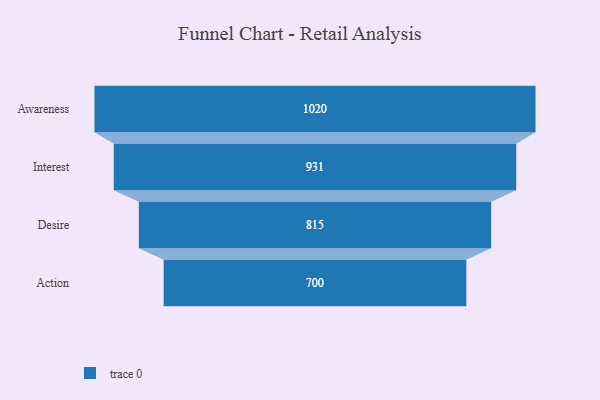
{"axis": {"x": "Stage", "y": "Value"}, "legend": [""], "data": [{"x": "Awareness", "y": 1020.0, "type": ""}, {"x": "Interest", "y": 931.0, "type": ""}, {"x": "Desire", "y": 815.0, "type": ""}, {"x": "Action", "y": 700.0, "type": ""}]}